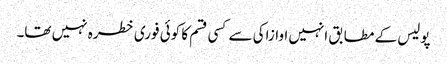
پولیس کے مطابق انہیں اوازاکی سے کسی قسم کا کوئی فوری خطرہ نہیں تھا۔